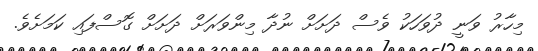
މިހާރު ވަނީ ދުވަހަކު ވެސް ދަށަށް ނުދާ މިންވަރަށް ދަށަށް ގޮސްފައި ކަމަށެވެ.